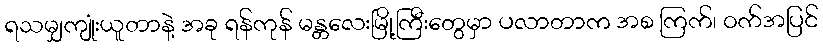
ရသမျှကျုံးယူတာနဲ့ အခု ရန်ကုန် မန္တလေးမြို့ကြီးတွေမှာ ပလာတာက အစ ကြက်၊ ဝက်အပြင်